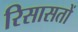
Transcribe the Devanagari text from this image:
रिसासतों